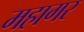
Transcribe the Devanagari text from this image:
महागर